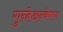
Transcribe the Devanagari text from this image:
गुन्हेअन्वेषण